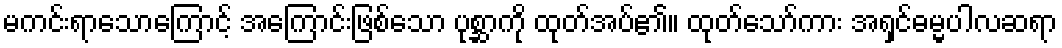
မကင်းရာသောကြောင့် အကြောင်းဖြစ်သော ပုစ္ဆာကို ထုတ်အပ်၏။ ထုတ်သော်ကား အရှင်ဓမ္မပါလဆရာ